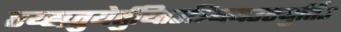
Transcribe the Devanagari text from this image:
एय्ह्व्र्तुयेर्तुय्तिउत्र्य्त्यिउएयुर्तिउ